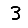
Digit: 3